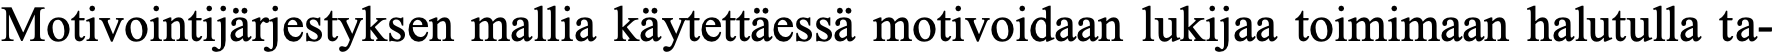
Motivointijärjestyksen mallia käytettäessä motivoidaan lukijaa toimimaan halutulla ta-